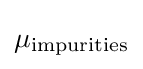
\mu _{\rm {impurities}}